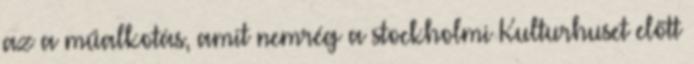
az a műalkotás, amit nemrég a stockholmi Kulturhuset előtt